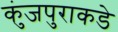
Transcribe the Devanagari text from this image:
कुंजपुराकडे